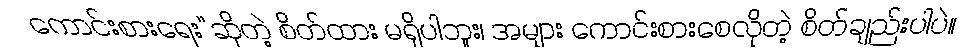
ကောင်းစားရေး”ဆိုတဲ့ စိတ်ထား မရှိပါဘူး၊ အများ ကောင်းစားစေလိုတဲ့ စိတ်ချည်းပါပဲ။